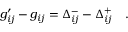
g _ { i j } ^ { \prime } - g _ { i j } = \Delta _ { i j } ^ { - } - \Delta _ { i j } ^ { + } \quad .